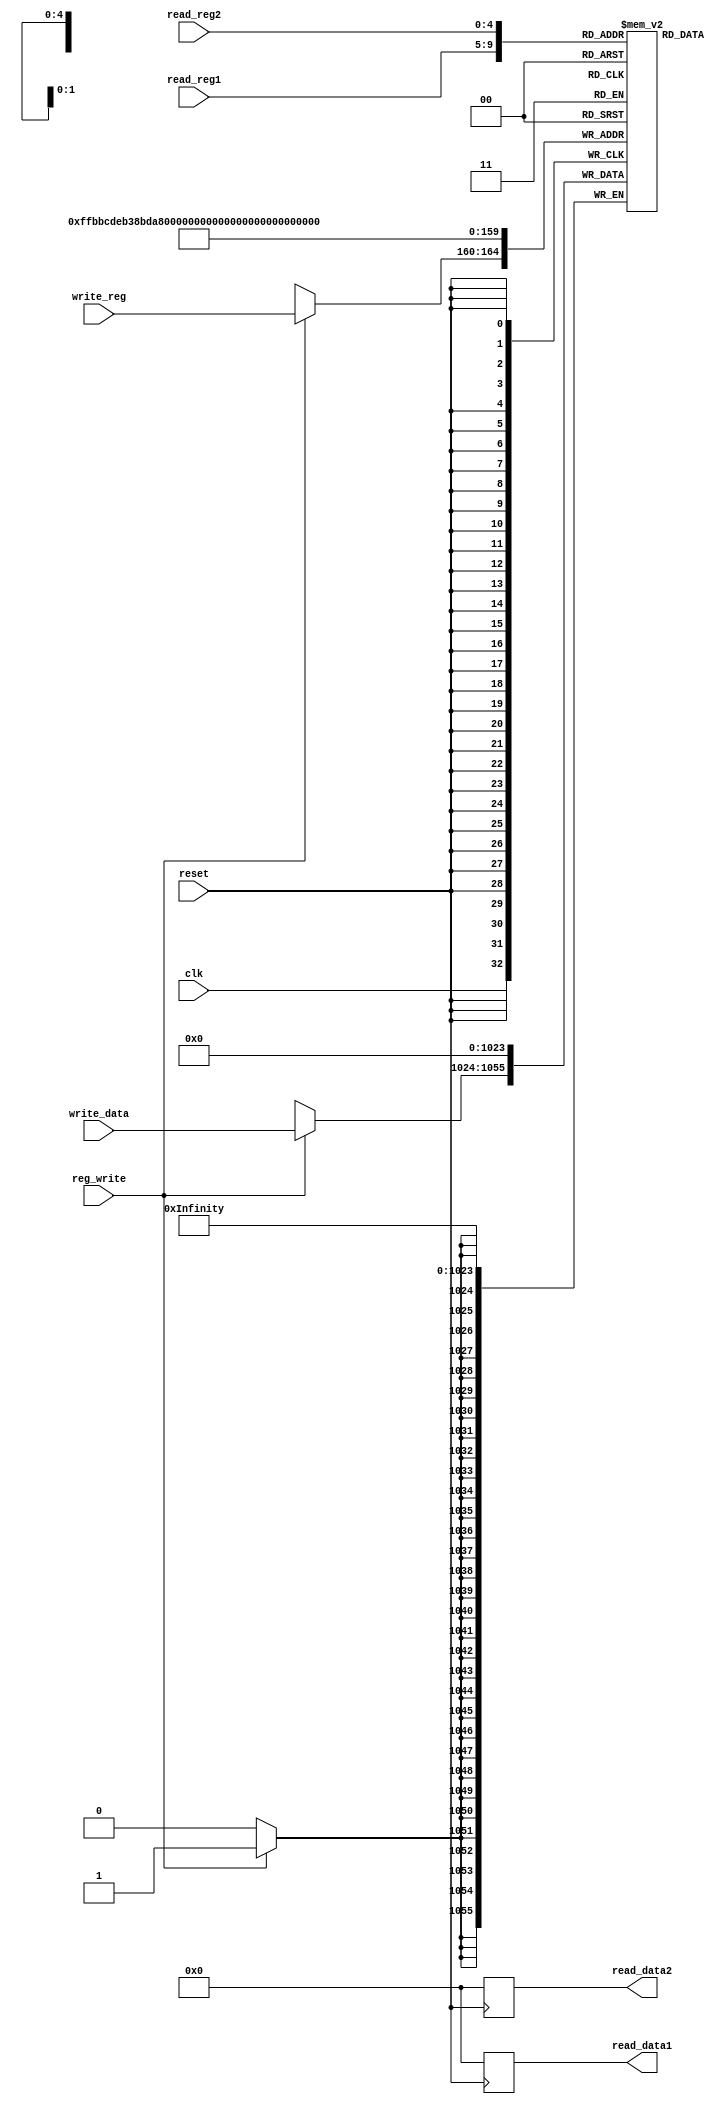
`timescale 1ns / 1ps 
//////////////////////////////////////////////////////////////////////////////////
// Company:
// Engineer:
//
// Design Name:
// Module Name: Registers
// Project Name:
// Target Devices:
// Tool Versions:
// Description:
//
// Dependencies:
//
// Revision:
// Revision 0.01 - File Created
// Additional Comments:
//
//////////////////////////////////////////////////////////////////////////////////


module Registers(
           input clk,
           input reset,
           input [25: 21] read_reg1,
           input [20: 16] read_reg2,
           input [4: 0] write_reg,
           input [31: 0] write_data,
           input reg_write,
           output reg [31: 0] read_data1,
           output reg [31: 0] read_data2
       );
// 32 registers
reg [31: 0] reg_file[31: 0];
// solve structural hazard
// write first then read
reg write_finish;

// read
always @(read_reg1 or read_reg2
             or reg_write or write_finish) begin

    read_data1 = reg_file[read_reg1];
    read_data2 = reg_file[read_reg2];

end

// write
always @(negedge clk) begin
    if (reg_write) begin
        // $stop;
        reg_file[write_reg] = write_data;
        write_finish = !write_finish;
    end

end

always @(posedge reset) begin: regReset
    integer i;
    for (i = 0 ; i < 32 ; i = i + 1)
        reg_file[i] = 0;
    read_data1 = 0;
    read_data2 = 0;
    write_finish = 0;
end

endmodule